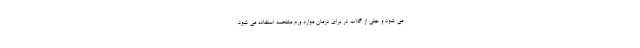
می شود و حتی از گلاب در برای درمان موارد ورم ملتحمه استفاده می شود.